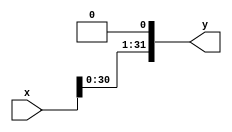
`timescale 1ns / 1ps
//////////////////////////////////////////////////////////////////////////////////
// Company: 
// Engineer: 
// 
// Design Name: 
// Module Name: shift
// Project Name: 
// Target Devices: 
// Tool Versions: 
// Description: 
// 
// Dependencies: 
// 
// Revision:
// Revision 0.01 - File Created
// Additional Comments:
// 
//////////////////////////////////////////////////////////////////////////////////


module Shift_Left_1 #(parameter n=32) (
    input [n-1:0] x,
    output [n-1:0] y
    );
    assign y = {x[n-2:0], 1'b0};
endmodule